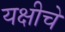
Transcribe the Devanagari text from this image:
यक्षीचे